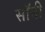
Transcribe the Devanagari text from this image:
सॉनी